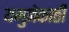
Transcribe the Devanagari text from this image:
यमुनेकाठी